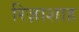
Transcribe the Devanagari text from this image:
रिज़ाशाह